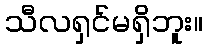
သီလရှင်မရှိဘူး။